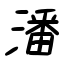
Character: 潘